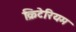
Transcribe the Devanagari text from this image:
क्रिटेरियम